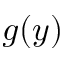
g ( y )